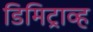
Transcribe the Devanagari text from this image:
डिमिट्राव्ह